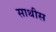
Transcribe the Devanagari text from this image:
साथीस